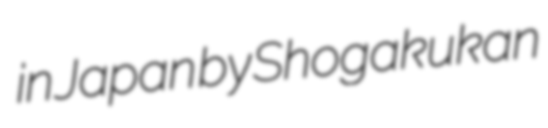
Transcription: in Japan by Shogakukan